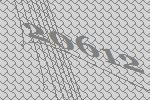
20612